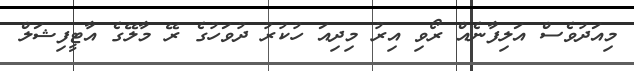
މިއަދުވެސް އަލިފާނެއް ރޯވި އިރު މިދިއަ ހުކުރު ދުވަހުގެ ރޭ މާލޭގެ އާޓީފިޝަލް